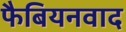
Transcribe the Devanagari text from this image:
फैबियनवाद